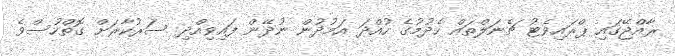
ރާއްޖޭގައި ޕްރައިވެޓު ޗެނަލްތައް ހެދުމުގެ ހުއްދަ އަމުދުން ނުދޭން ފައިވިއްދި ސަރުކާރަށް ގޮތްހުސްވެ